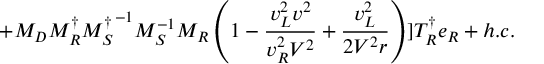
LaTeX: + M _ { D } M _ { R } ^ { \dagger } { M _ { S } ^ { \dagger } } ^ { - 1 } M _ { S } ^ { - 1 } M _ { R } \left( 1 - \frac { v _ { L } ^ { 2 } v ^ { 2 } } { v _ { R } ^ { 2 } V ^ { 2 } } + \frac { v _ { L } ^ { 2 } } { 2 V ^ { 2 } r } \right) ] T _ { R } ^ { \dagger } e _ { R } + h . c .